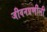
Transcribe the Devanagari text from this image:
जीवनप्रणीली